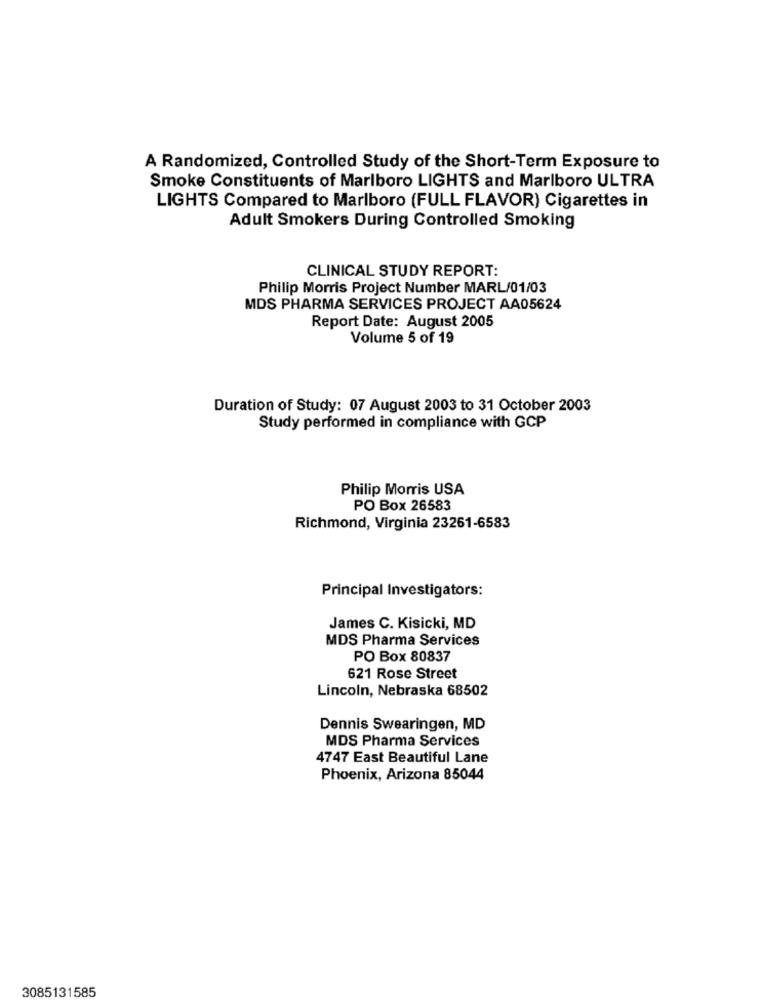
A Randomized, Controlled Study of the Short-Term Exposure to
Smoke Constituents of Marlboro LIGHTS and Marlboro ULTRA
LIGHTS Compared to Marlboro (FULL FLAVOR) Cigarettes in
Adult Smokers During Controlled Smoking
CLINICAL STUDY REPORT:
Philip Morris Project Number MARL/01/03
MDS PHARMA SERVICES PROJECT AA05624
Report Date: August 2005
Volume 5 of 19
Duration of Study: 07 August 2003 to 31 October 2003
Study performed in compliance with GCP
Philip Morris USA
PO Box 26583
Richmond, Virginia 23261-6583
Principal Investigators:
James C. Kisicki, MD
MDS Pharma Services
PO Box 80837
621 Rose Street
Lincoln, Nebraska 68502
Dennis Swearingen, MD
MDS Pharma Services
4747 East Beautiful Lane
Phoenix, Arizona 85044
3085131585